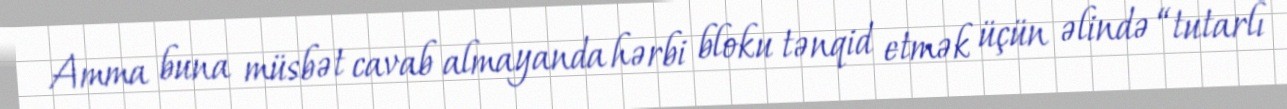
Amma buna müsbət cavab almayanda hərbi bloku tənqid etmək üçün əlində “tutarlı